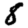
Digit: 8